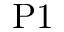
\mathrm { P 1 }